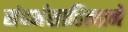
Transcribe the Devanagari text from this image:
संदर्भसाहित्याने